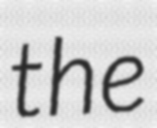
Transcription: the